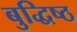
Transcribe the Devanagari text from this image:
बुद्धिष्‍ठ